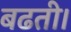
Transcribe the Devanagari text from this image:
बढती।